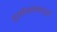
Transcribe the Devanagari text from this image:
दृष्टीकोनांशी